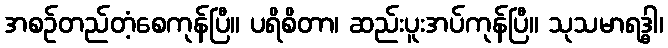
အစဉ်တည်တံ့စေကုန်ပြီ။ ပရိစိတာ၊ ဆည်းပူးအပ်ကုန်ပြီ။ သုသမာရဒ္ဓါ၊